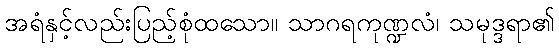
အရံနှင့်လည်းပြည့်စုံထသော။ သာဂရကုဏ္ဍလံ၊ သမုဒ္ဒရာ၏